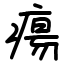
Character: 瘍